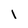
Character: I